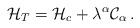
LaTeX: \begin{align*}{\cal H}_T = {\cal H}_c + \lambda^\alpha {\cal C}_\alpha\,.\end{align*}